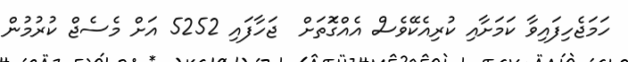
ހަމަޖެހިފައިވާ ކަމަށާއި ކުރިއެކޭވެސް އެއްގޮަތަށް  ޖަހާފައި 5252 އަށް މެސެޖް ކުރުމުން